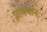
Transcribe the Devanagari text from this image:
प्रावधानः